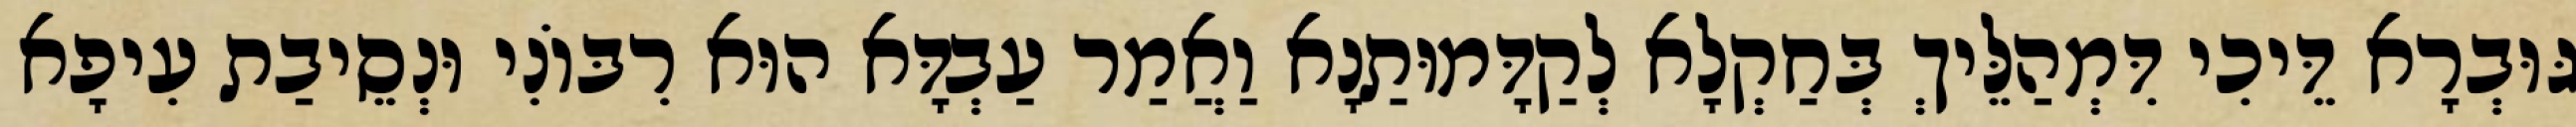
גּוּבְרָא דֵּיכִי דִּמְהַלֵּיךְ בְּחַקְלָא לְקַדָּמוּתַנָא וַאֲמַר עַבְדָּא הוּא רִבּוֹנִי וּנְסֵיבַת עִיפָא